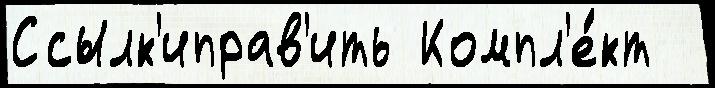
Ссылк'иправ'ить Компл'е́кт